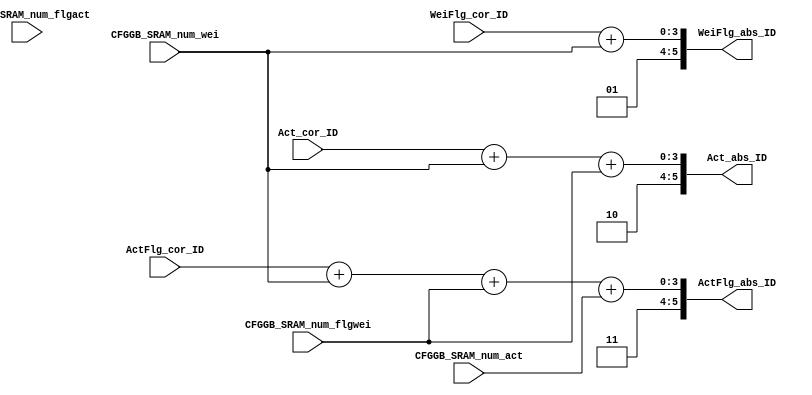
module Cor2Abs_ID (
    input [3 : 0]WeiFlg_cor_ID, Act_cor_ID, ActFlg_cor_ID, 
    input [3 : 0]CFGGB_SRAM_num_wei, CFGGB_SRAM_num_flgwei, CFGGB_SRAM_num_act, CFGGB_SRAM_num_flgact,  

    output [5 : 0]WeiFlg_abs_ID, Act_abs_ID, ActFlg_abs_ID

);

assign WeiFlg_abs_ID = {2'b01, WeiFlg_cor_ID + CFGGB_SRAM_num_wei};
assign Act_abs_ID    = {2'b10, Act_cor_ID + CFGGB_SRAM_num_wei + CFGGB_SRAM_num_flgwei};
assign ActFlg_abs_ID = {2'b11, ActFlg_cor_ID + CFGGB_SRAM_num_wei + CFGGB_SRAM_num_flgwei + CFGGB_SRAM_num_act};

endmodule